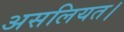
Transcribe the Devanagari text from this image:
असलियत।